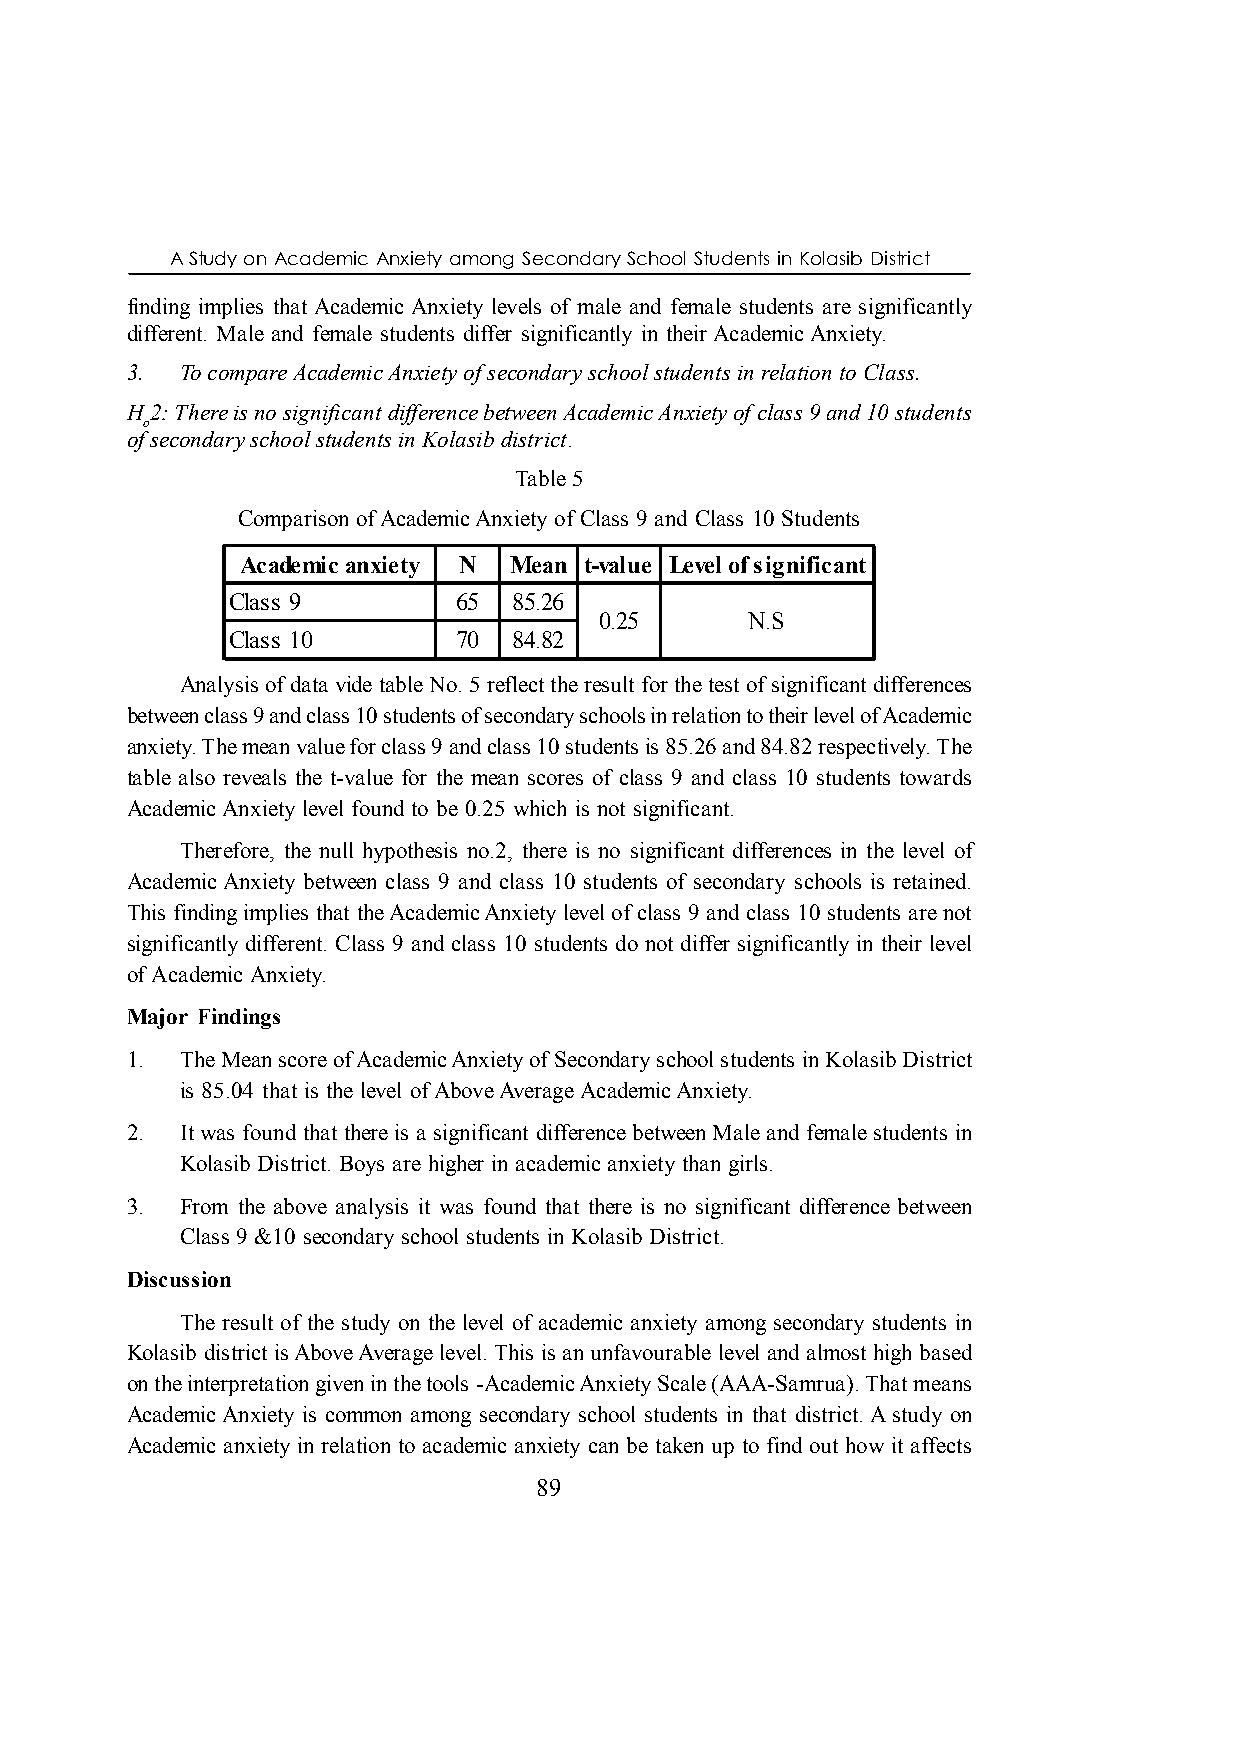
A Study on Academic Anxiety among Secondary School Students in Kolasib District
 finding implies that Academic Anxiety levels of male and female students are significantly
 different. Male and female students differ significantly in their Academic Anxiety.
 3.  To compare Academic Anxiety of secondary school students in relation to Class.
 H 2: There is no significant difference between Academic Anxiety of class 9 and 10 students
 o
 of secondary school students in Kolasib district.
 Table 5
 Comparison of Academic Anxiety of Class 9 and Class 10 Students
 Academic anxiety N Mean t-value Level of significant
 Class 9        65  85.26
 0.25      N.S
 Class 10       70  84.82
 Analysis of data vide table No. 5 reflect the result for the test of significant differences
 between class 9 and class 10 students of secondary schools in relation to their level of Academic
 anxiety. The mean value for class 9 and class 10 students is 85.26 and 84.82 respectively. The
 table also reveals the t-value for the mean scores of class 9 and class 10 students towards
 Academic Anxiety level found to be 0.25 which is not significant.
 Therefore, the null hypothesis no.2, there is no significant differences in the level of
 Academic Anxiety between class 9 and class 10 students of secondary schools is retained.
 This finding implies that the Academic Anxiety level of class 9 and class 10 students are not
 significantly different. Class 9 and class 10 students do not differ significantly in their level
 of Academic Anxiety.
 Major Findings
 1.  The Mean score of Academic Anxiety of Secondary school students in Kolasib District
 is 85.04 that is the level of Above Average Academic Anxiety.
 2.  It was found that there is a significant difference between Male and female students in
 Kolasib District. Boys are higher in academic anxiety than girls.
 3.  From the above analysis it was found that there is no significant difference between
 Class 9 &10 secondary school students in Kolasib District.
 Discussion
 The result of the study on the level of academic anxiety among secondary students in
 Kolasib district is Above Average level. This is an unfavourable level and almost high based
 on the interpretation given in the tools -Academic Anxiety Scale (AAA-Samrua). That means
 Academic Anxiety is common among secondary school students in that district. A study on
 Academic anxiety in relation to academic anxiety can be taken up to find out how it affects
 89